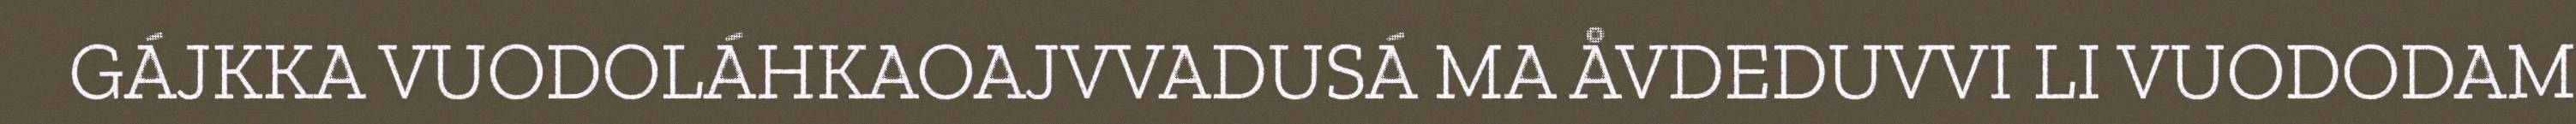
GÁJKKA VUODOLÁHKAOAJVVADUSÁ MA ÅVDEDUVVI LI VUODODAM